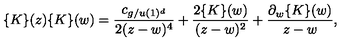
\{ K \} ( z ) \{ K \} ( w ) = { \frac { c _ { g / u ( 1 ) ^ { d } } } { 2 ( z - w ) ^ { 4 } } } + { \frac { 2 \{ K \} ( w ) } { ( z - w ) ^ { 2 } } } + { { \frac { \partial _ { w } \{ K \} ( w ) } { z - w } } } ,